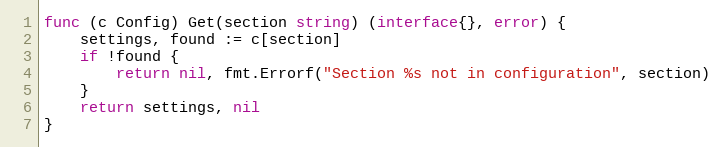
Language: Go
func (c Config) Get(section string) (interface{}, error) {
	settings, found := c[section]
	if !found {
		return nil, fmt.Errorf("Section %s not in configuration", section)
	}
	return settings, nil
}